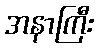
အနာကြီး